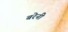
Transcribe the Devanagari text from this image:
बरेनी